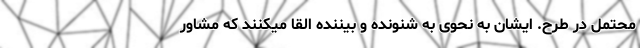
محتمل در طرح. ایشان به نحوی به شنونده و بیننده القا میکنند که مشاور